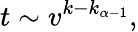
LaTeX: t\sim v^{k-k_{\alpha-1}},